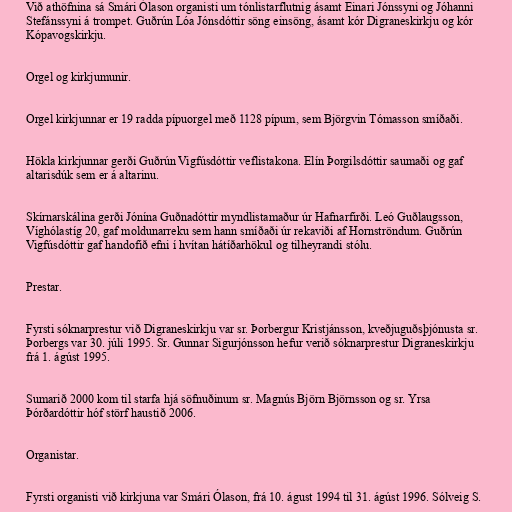
Við athöfnina sá Smári Ólason organisti um tónlistarflutnig ásamt Einari Jónssyni og Jóhanni
Stefánssyni á trompet. Guðrún Lóa Jónsdóttir söng einsöng, ásamt kór Digraneskirkju og kór
Kópavogskirkju.

Orgel og kirkjumunir.

Orgel kirkjunnar er 19 radda pípuorgel með 1128 pípum, sem Björgvin Tómasson smíðaði.

Hökla kirkjunnar gerði Guðrún Vigfúsdóttir veflistakona. Elín Þorgilsdóttir saumaði og gaf
altarisdúk sem er á altarinu.

Skírnarskálina gerði Jónína Guðnadóttir myndlistamaður úr Hafnarfirði. Leó Guðlaugsson,
Víghólastíg 20, gaf moldunarreku sem hann smíðaði úr rekaviði af Hornströndum. Guðrún
Vigfúsdóttir gaf handofið efni í hvítan hátíðarhökul og tilheyrandi stólu.

Prestar.

Fyrsti sóknarprestur við Digraneskirkju var sr. Þorbergur Kristjánsson, kveðjuguðsþjónusta sr.
Þorbergs var 30. júli 1995. Sr. Gunnar Sigurjónsson hefur verið sóknarprestur Digraneskirkju
frá 1. ágúst 1995.

Sumarið 2000 kom til starfa hjá söfnuðinum sr. Magnús Björn Björnsson og sr. Yrsa
Þórðardóttir hóf störf haustið 2006.

Organistar.

Fyrsti organisti við kirkjuna var Smári Ólason, frá 10. águst 1994 til 31. ágúst 1996. Sólveig S.